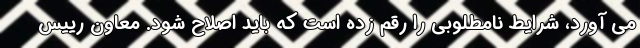
می آورد، شرایط نامطلوبی را رقم زده است که باید اصلاح شود. معاون رییس